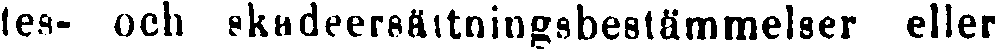
les- och skadeersättningsbestämmelser eller